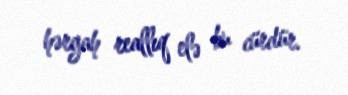
hərgah reallıq elə bu cürdür.